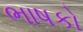
ભાષકો